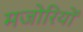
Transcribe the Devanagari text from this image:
मजोरियों